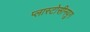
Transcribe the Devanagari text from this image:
प्लास्टोसीनयुग